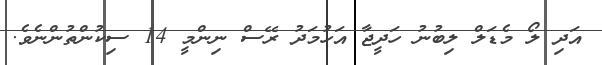
އަދި ލޯ މެޑަލް ލިބުނު ހަދީޖާ އަހުމަދުު ރޭސް ނިންމީ 14 ސިކުންތުންނެވެ.